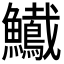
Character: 𩽠